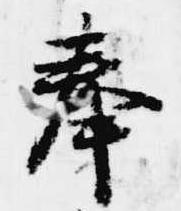
奉